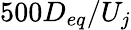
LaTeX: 500D_{eq}/U_{j}